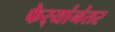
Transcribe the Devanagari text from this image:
फेर्‍यांनंतर